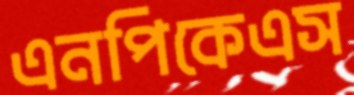
এনপিকেএস